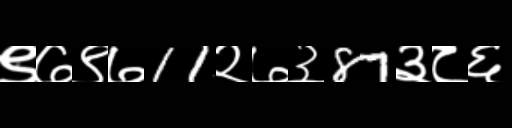
Text: ९७९७11२७३87३८६